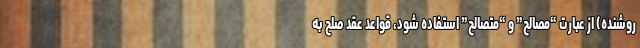
روشنده) از عبارت “مصالح” و “متصالح” استفاده شود، قواعد عقد صلح به